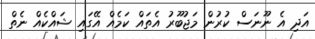
އަދި އެ ނޫނަސް ކުރުން މަޖުބޫރު އެތައް ކަމެއް އޭގައި ޝައްކެއް ނެތް